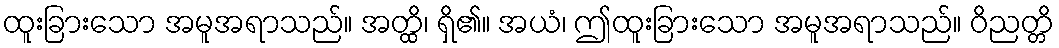
ထူးခြားသော အမူအရာသည်။ အတ္ထိ၊ ရှိ၏။ အယံ၊ ဤထူးခြားသော အမူအရာသည်။ ဝိညတ္တိ